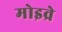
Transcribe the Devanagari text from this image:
मोइव्रे